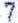
7